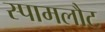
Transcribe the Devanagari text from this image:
स्पामलौट